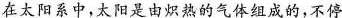
在太阳系中，太阳是由炽热的气体组成的，不停